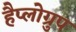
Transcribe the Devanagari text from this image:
हैप्लोग्रुप